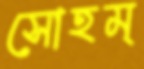
সোহম্‌